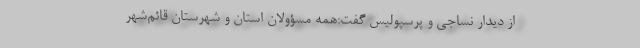
از دیدار نساجی و پرسپولیس گفت:‌همه مسؤولان استان و شهرستان قائم‌شهر